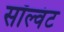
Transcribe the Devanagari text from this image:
सॉल्वंट